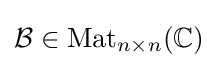
{\mathcal {B}}\in \mathrm {Mat} _{n\times n}(\mathbb {C} )